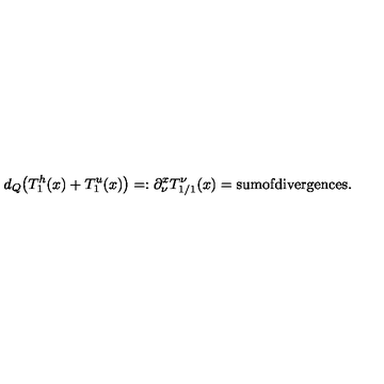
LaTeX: d _ { Q } \big ( T _ { 1 } ^ { h } ( x ) + T _ { 1 } ^ { u } ( x ) \big ) = : \partial _ { \nu } ^ { x } T _ { 1 / 1 } ^ { \nu } ( x ) = \mathrm { s u m o f d i v e r g e n c e s } .